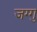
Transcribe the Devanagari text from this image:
जग्गु